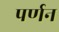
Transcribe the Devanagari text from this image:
पर्णन